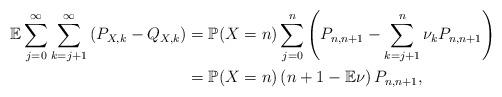
LaTeX: \begin{align*}\mathbb{E}\sum_{j=0}^\infty\sum_{k=j+1}^\infty\left(P_{X,k}-Q_{X,k}\right)&=\mathbb{P}(X=n)\sum_{j=0}^n\left(P_{n,n+1}-\sum_{k=j+1}^n\nu_kP_{n,n+1}\right)\\&=\mathbb{P}(X=n)\left(n+1-\mathbb{E}\nu\right)P_{n,n+1},\end{align*}